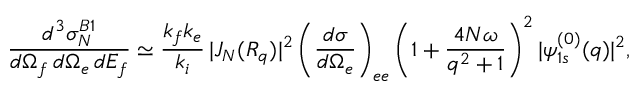
\frac { d ^ { 3 } { \sigma } _ { N } ^ { B 1 } } { d \Omega _ { f } \, d \Omega _ { e } \, d E _ { f } } \simeq \frac { k _ { f } k _ { e } } { k _ { i } } \, | J _ { N } ( { \cal R } _ { q } ) | ^ { 2 } \left( \frac { d { \sigma } } { d \Omega _ { e } } \right) _ { e e } \left( 1 + \frac { 4 N \omega } { q ^ { 2 } + 1 } \right) ^ { 2 } | \psi _ { 1 s } ^ { ( 0 ) } ( q ) | ^ { 2 } ,